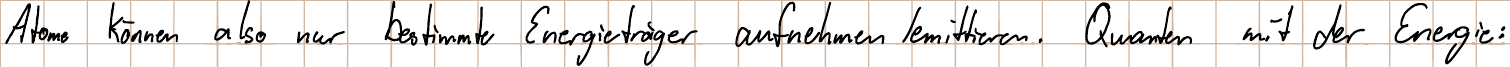
Atome können also nur bestimmte Energieträger aufnehmen / emittieren. Quanten mit der Energie: